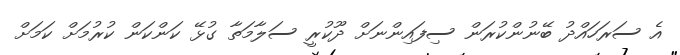
އެ ސަރަހައްދު ބޭނުންކުރަން ސިފައިންނަށް ދޫކުރީ ސަލާމަތާ ގުޅޭ ކަންކަން ކުރުމަށް ކަމަށް